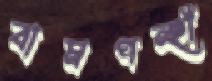
বামপন্হী